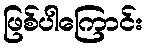
ဖြစ်ပါကြောင်း